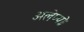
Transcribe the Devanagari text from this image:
अलेप्पो।